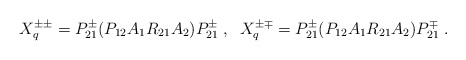
\begin{align*}X^{\pm \pm}_{q} =P^{\pm }_{21} ( P_{12}A_{1}R_{21}A_{2} ) P^{\pm }_{21} \; ,\;\; X^{\pm \mp}_{q} =P^{\pm }_{21} (P_{12}A_{1}R_{21}A_{2} ) P^{\mp }_{21} \; .\end{align*}